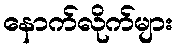
နောက်လိုက်များ